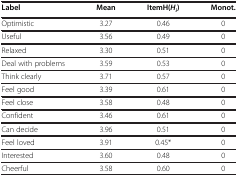
<table><thead><tr><td><b>Label</b></td><td><b>Mean</b></td><td><b>ItemH(<i>H</i><sub><i>i</i></sub>)</b></td><td><b>Monot.</b></td></tr></thead><tbody><tr><td>Optimistic</td><td>3.27</td><td>0.46</td><td>0</td></tr><tr><td>Useful</td><td>3.56</td><td>0.49</td><td>0</td></tr><tr><td>Relaxed</td><td>3.30</td><td>0.51</td><td>0</td></tr><tr><td>Deal with problems</td><td>3.59</td><td>0.53</td><td>0</td></tr><tr><td>Think clearly</td><td>3.71</td><td>0.57</td><td>0</td></tr><tr><td>Feel good</td><td>3.39</td><td>0.61</td><td>0</td></tr><tr><td>Feel close</td><td>3.58</td><td>0.48</td><td>0</td></tr><tr><td>Confident</td><td>3.46</td><td>0.61</td><td>0</td></tr><tr><td>Can decide</td><td>3.96</td><td>0.51</td><td>0</td></tr><tr><td>Feel loved</td><td>3.91</td><td>0.45*</td><td>0</td></tr><tr><td>Interested</td><td>3.60</td><td>0.48</td><td>0</td></tr><tr><td>Cheerful</td><td>3.58</td><td>0.60</td><td>0</td></tr></tbody></table>